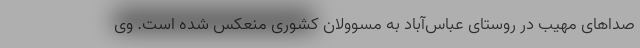
صداهای مهیب در روستای عباس‌آباد به مسوولان کشوری منعکس ‌شده است. وی